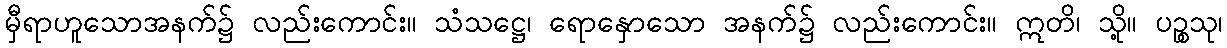
မှီရာဟူသောအနက်၌ လည်းကောင်း။ သံသဋ္ဌေ၊ ရောနှောသော အနက်၌ လည်းကောင်း။ ဣတိ၊ သို့။ ပဉ္စသု၊